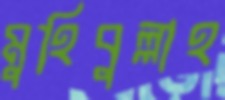
মুহিবুল্লাহ